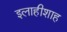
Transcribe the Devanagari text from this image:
इलाहीशाह